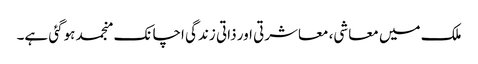
ملک میں معاشی، معاشرتی اور ذاتی زندگی اچانک منجمد ہوگئی ہے۔